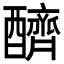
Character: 𨣧